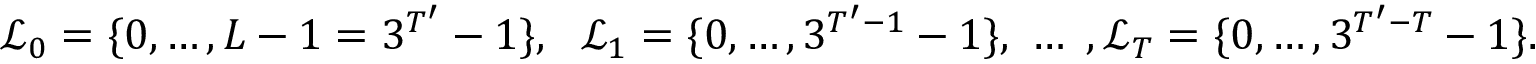
\mathcal { L } _ { 0 } = \{ 0 , \dotsc , L - 1 = 3 ^ { T ^ { \prime } } - 1 \} , \ \ \mathcal { L } _ { 1 } = \{ 0 , \dotsc , 3 ^ { T ^ { \prime } - 1 } - 1 \} , \ \dotsc \ , \mathcal { L } _ { T } = \{ 0 , \dotsc , 3 ^ { T ^ { \prime } - T } - 1 \} .